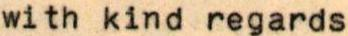
with kind regards